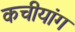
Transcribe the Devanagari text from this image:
कचीयांग